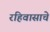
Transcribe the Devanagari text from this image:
रहिवासाचे